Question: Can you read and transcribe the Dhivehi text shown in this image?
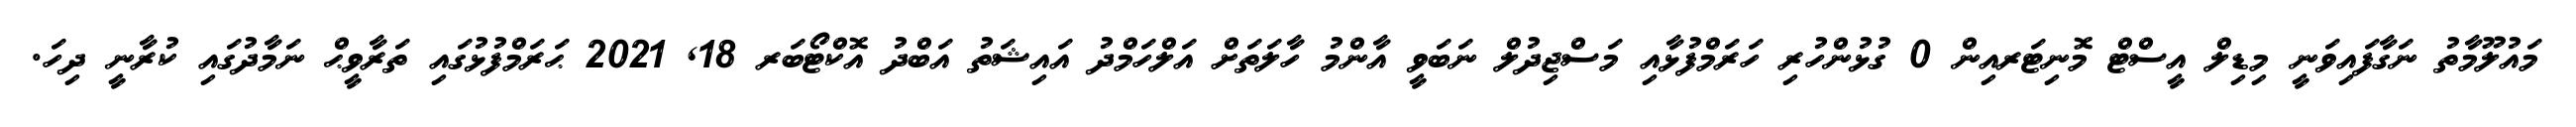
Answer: މައުލޫމާތު ނަގާފައިވަނީ މިޑިލް އީސްޓް މޮނިޓަރއިން 0 ގުޅުންހުރި ހަރަމްފުޅާއި މަސްޖިދުލް ނަބަވީ އާންމު ހާލަތަށް އަލްހަމްދު އައިޝަތު އަބްދު އޮކްޓޯބަރ 18, 2021 ޙަރަމްފުޅުގައި ތަރާވީޙް ނަމާދުގައި ކުރާނީ ދިހަ.